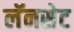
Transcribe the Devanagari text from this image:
लॅनसेट